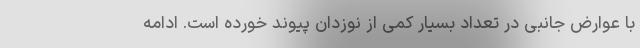
با عوارض جانبی در تعداد بسیار کمی از نوزدان پیوند خورده است. ادامه